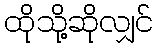
ထိုသို့ဆိုလျှင်